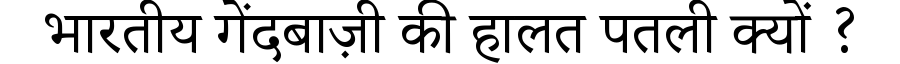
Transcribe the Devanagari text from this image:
भारतीय गेंदबाज़ी की हालत पतली क्यों ?